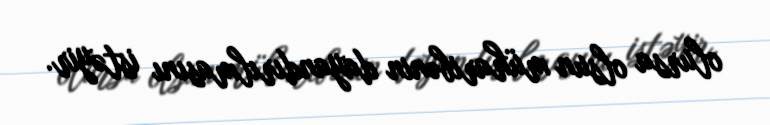
olursa olsun müharibənin dayandırılmasını istəyir.